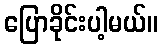
ပြောခိုင်းပါ့မယ်။